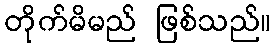
တိုက်မိမည် ဖြစ်သည်။